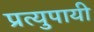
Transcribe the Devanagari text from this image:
प्रत्युपायी